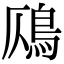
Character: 𩾸